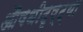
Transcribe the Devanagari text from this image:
औषधीदृष्ट्या